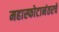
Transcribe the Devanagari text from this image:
महास्फोटानंतरचे